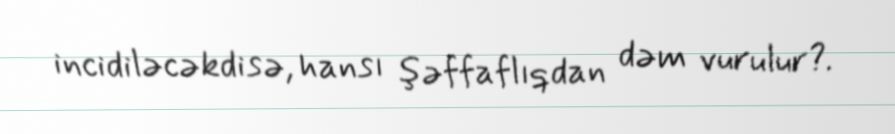
incidiləcəkdisə, hansı şəffaflıqdan dəm vurulur?.